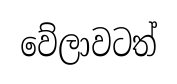
වේලාවටත්